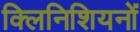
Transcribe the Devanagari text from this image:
क्लिनिशियनों